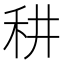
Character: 𥝷